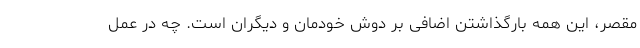
مقصر، این همه بارگذاشتن اضافی بر دوش خودمان و دیگران است. چه در عمل